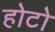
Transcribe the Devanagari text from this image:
होटो